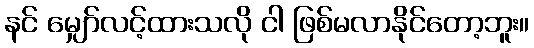
နင် မျှော်လင့်ထားသလို ငါ ဖြစ်မလာနိုင်တော့ဘူး။